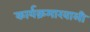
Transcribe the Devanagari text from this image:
कार्यक्रमाखाली